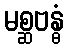
မစ္ဆဗန္ဓံ